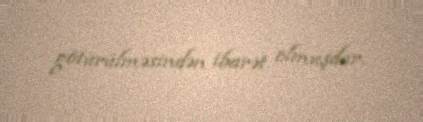
götürülməsindən ibarət olmuşdur.